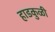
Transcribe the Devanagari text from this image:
हाडकुळी